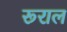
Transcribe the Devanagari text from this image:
रूराल